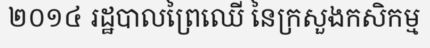
២០១៤ រដ្ឋបាលព្រៃឈើ នៃក្រសួងកសិកម្ម